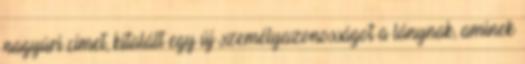
nagyúri címet, kitalált egy új személyazonosságot a lánynak, aminek